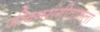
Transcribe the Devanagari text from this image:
जीवनसंगीतातला